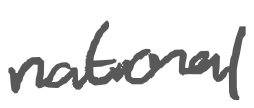
Text: national
Cross-out: clean
Writing tool: digital_gray